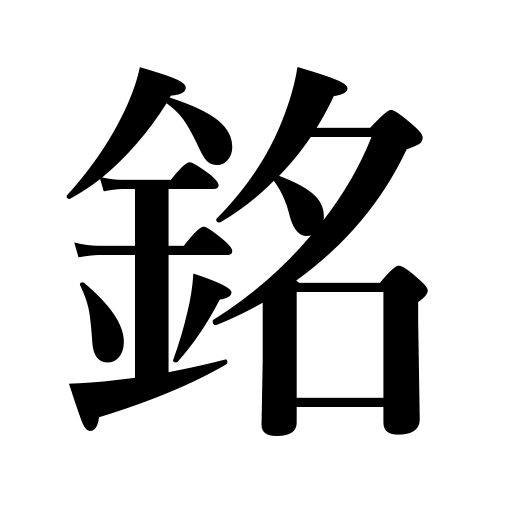
Meanings: inscription,signature of an artisan,motto,precept